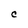
Character: C